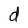
Character: d